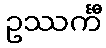
ဥဿင်္ကီ